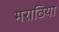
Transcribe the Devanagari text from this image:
मराठिया